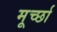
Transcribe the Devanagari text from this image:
मूर्च्‍छा